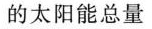
的太阳能总量